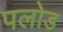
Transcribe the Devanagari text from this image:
पलोड